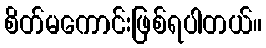
စိတ်မကောင်းဖြစ်ရပါတယ်။